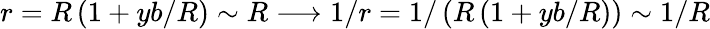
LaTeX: r=R\left(1+yb/R\right)\sim R\longrightarrow 1/r=1/\left(R\left(1+yb/R\right)\right)\sim 1/R